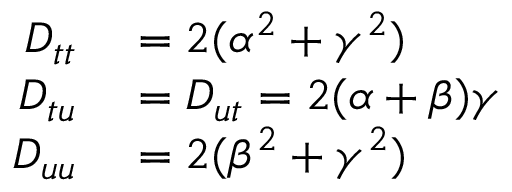
\begin{array} { r l } { D _ { t t } } & { { } = 2 ( \alpha ^ { 2 } + \gamma ^ { 2 } ) } \\ { D _ { t u } } & { { } = D _ { u t } = 2 ( \alpha + \beta ) \gamma } \\ { D _ { u u } } & { { } = 2 ( \beta ^ { 2 } + \gamma ^ { 2 } ) } \end{array}